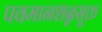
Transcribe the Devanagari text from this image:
पवमानशन्नसूक्त